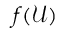
f ( \mathcal { U } )